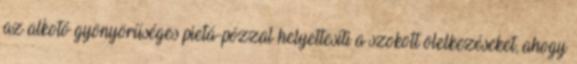
az alkotó gyönyörűséges pietá-pózzal helyettesíti a szokott ölelkezéseket, ahogy